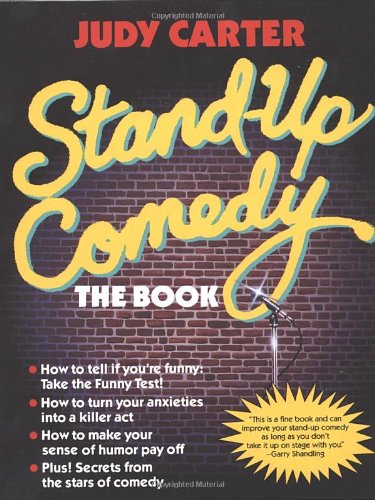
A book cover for Stand-Up Comedy: The Book; Judy Carter; Humor & Entertainment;